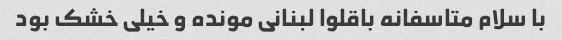
با سلام متاسفانه باقلوا لبنانی مونده و خیلی خشک بود